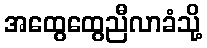
အထွေထွေညီလာခံသို့